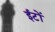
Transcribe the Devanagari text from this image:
ईटोंं